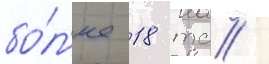
бо́л'ее 18 тс /